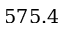
5 7 5 . 4